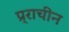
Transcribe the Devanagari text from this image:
प्र्राचीन